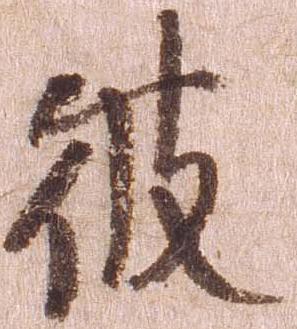
彼